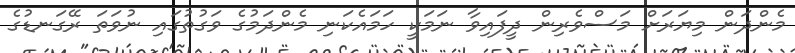
މެންދަން މިޔަރަށް މަސްވެރިން ދީފައިވާ ނަމަކީ ހަމައެކަނި މެންދަމުގެ ވަގުތުގައި ނުވަތަ ރޭގަނޑުގެ